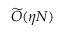
\widetilde { \cal O } ( \eta N )